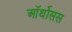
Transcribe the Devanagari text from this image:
ऑर्थोसस